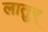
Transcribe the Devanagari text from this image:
लातुर्